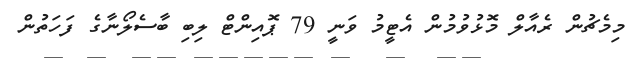
މިމެޗުން ރެއާލް މޮޅުވުމުން އެޓީމު ވަނީ 79 ޕޮއިންޓް ލިބި ބާސެލޯނާގެ ފަހަތުން